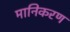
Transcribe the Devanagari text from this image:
मानिकरण